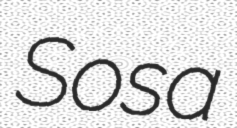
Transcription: Sosa